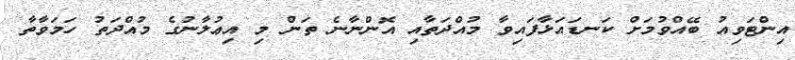
އިންޓަވިއު ބޭއްވުމަށް ކަނޑައަޅާފައިވާ މުއްދަތާއި އޮންނާނެ ތަން މި އިޢުލާނުގެ މުއްދަތު ހަމަވާތާ